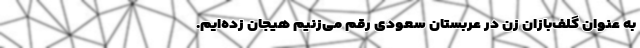
به عنوان گلف‌بازان زن در عربستان سعودی رقم می‌زنیم هیجان زده‌ایم.